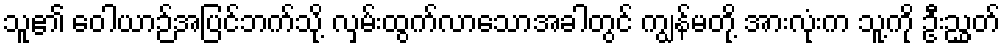
သူ၏ ဝေါယာဉ်အပြင်ဘက်သို့ လှမ်းထွက်လာသောအခါတွင် ကျွန်မတို့ အားလုံးက သူ့ကို ဦးညွှတ်